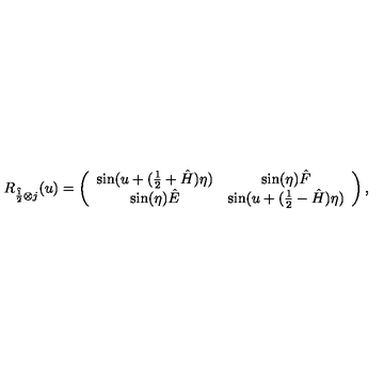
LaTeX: R _ { \hat { \frac 1 2 } \otimes j } ( u ) = \left( \begin{array} { c c c c } { \sin ( u + ( \frac { 1 } { 2 } + \hat { H } ) \eta ) } & { \sin ( \eta ) \hat { F } } \\ { \sin ( \eta ) \hat { E } } & { \sin ( u + ( \frac { 1 } { 2 } - \hat { H } ) \eta ) } \\ \end{array} \right) ,